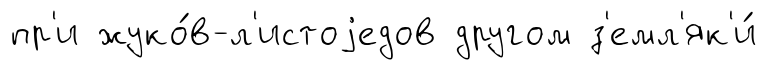
пр'и жуко́в-л'истоjедов другом з'емл'як'и́